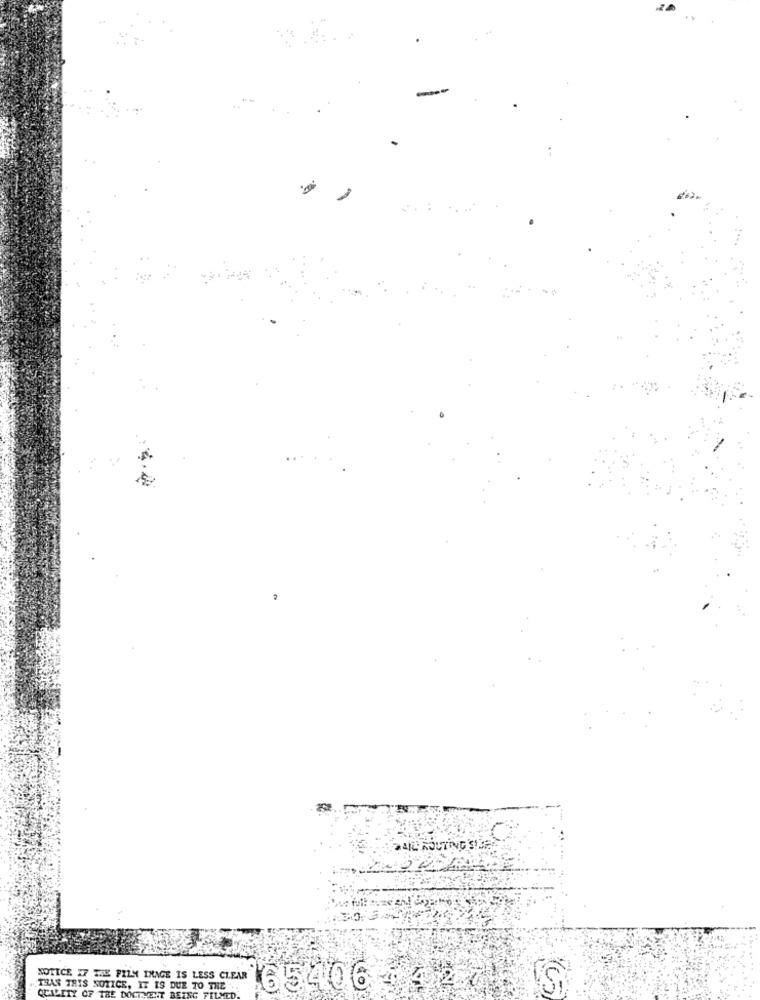
NOTICE IF THE FILM IMAGE IS LESS CLEAR
THAN THIS NOTICE, IT IS DUE TO THE
65406
QUALITY OF THE DOCUMENT BEING FILMED